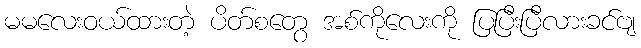
မမလေးဝယ်ထားတဲ့ ပိတ်စတွေ အစ်ကိုလေးကို ပြပြီးပြီလားခင်ဗျ